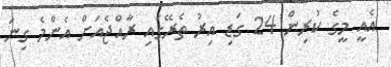
އެއީ މީގެ ކުރިން 24 ގަޑި އިރު ތެރޭގައި ރާއްޖެއަށް އެންމެ ގިނަ